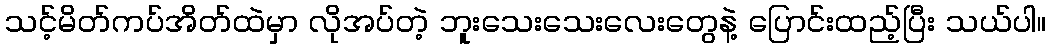
သင့်မိတ်ကပ်အိတ်ထဲမှာ လိုအပ်တဲ့ ဘူးသေးသေးလေးတွေနဲ့ ပြောင်းထည့်ပြီး သယ်ပါ။